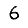
Digit: 6